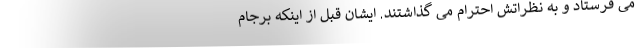
می فرستاد و به نظراتش احترام می گذاشتند. ایشان قبل از اینکه برجام